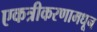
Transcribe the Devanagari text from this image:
एकत्रीकरणामधून